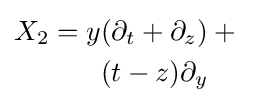
{\begin{aligned}X_{2}=y&(\partial _{t}+\partial _{z})+{}\\&(t-z)\partial _{y}\end{aligned}}